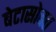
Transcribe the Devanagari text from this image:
बेटासोबत